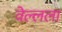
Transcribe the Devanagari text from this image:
वेल्लला